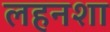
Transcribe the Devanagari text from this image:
लहनशा